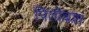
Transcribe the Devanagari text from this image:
पितोबश